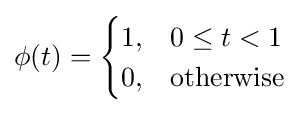
\phi (t)={\begin{cases}1,&0\leq t<1\\0,&{\text{otherwise}}\end{cases}}